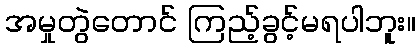
အမှုတွဲတောင် ကြည့်ခွင့်မရပါဘူး။